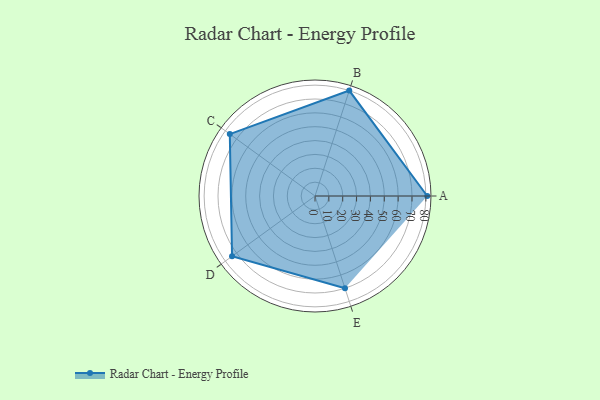
{"axis": {"x": "Skill", "y": "Score"}, "legend": ["Profile"], "data": [{"x": "A", "y": 81.0, "type": "Profile"}, {"x": "B", "y": 80.0, "type": "Profile"}, {"x": "C", "y": 76.0, "type": "Profile"}, {"x": "D", "y": 74.0, "type": "Profile"}, {"x": "E", "y": 70.0, "type": "Profile"}]}